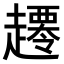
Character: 𧾇